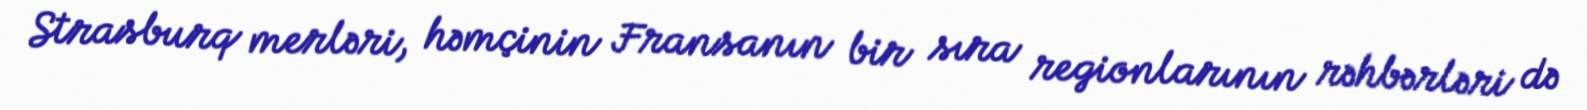
Strasburq merləri, həmçinin Fransanın bir sıra regionlarının rəhbərləri də